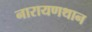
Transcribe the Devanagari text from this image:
नारायणथान